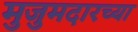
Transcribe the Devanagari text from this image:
मुजुमदारच्या